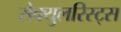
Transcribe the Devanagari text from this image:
सेक्युलरिस्ट्स